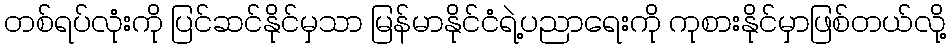
တစ်ရပ်လုံးကို ပြင်ဆင်နိုင်မှသာ မြန်မာနိုင်ငံရဲ့ပညာရေးကို ကုစားနိုင်မှာဖြစ်တယ်လို့